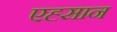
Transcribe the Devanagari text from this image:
एह्सान